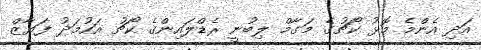
އަދި އެންމެ މޮޅު ކޯޗުގެ މަގާމް ލިބުނީ ރެޑްލައިންގެ ކޯޗު އަހުމަދު ފަޔާޒް